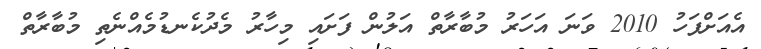
އެއަށްފަހު 2010 ވަނަ އަހަރު މުބާރާތް އަލުން ފަށައި މިހާރު މެދުކެނޑުމެއްނެތި މުބާރާތް